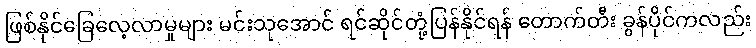
ဖြစ်နိုင်ခြေလေ့လာမှုများ မင်းသုအောင် ရင်ဆိုင်တုံ့ပြန်နိုင်ရန် တောက်တီး ခွန်ပိုင်ကလည်း